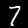
Label: 7